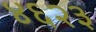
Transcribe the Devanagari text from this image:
४६२३